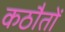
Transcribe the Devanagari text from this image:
कठौतों